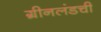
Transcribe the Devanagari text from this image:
ग्रीनलंडची